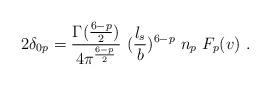
LaTeX: \begin{align*}2\delta_{0p} = {\Gamma({6-p\over 2})\over 4\pi^{6-p\over 2}}~ ({l_s\over b})^{6-p}~n_p~F_p (v)~.\end{align*}